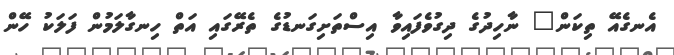
އެނގެއޭ ތިކަން" ނާހިދުގެ ދިގުވެފައިވާ އިސްތަށިގަނޑުގެ ތެރޭގައި އަތް ހިނގާލަމުން ފަލަކު ހޭން